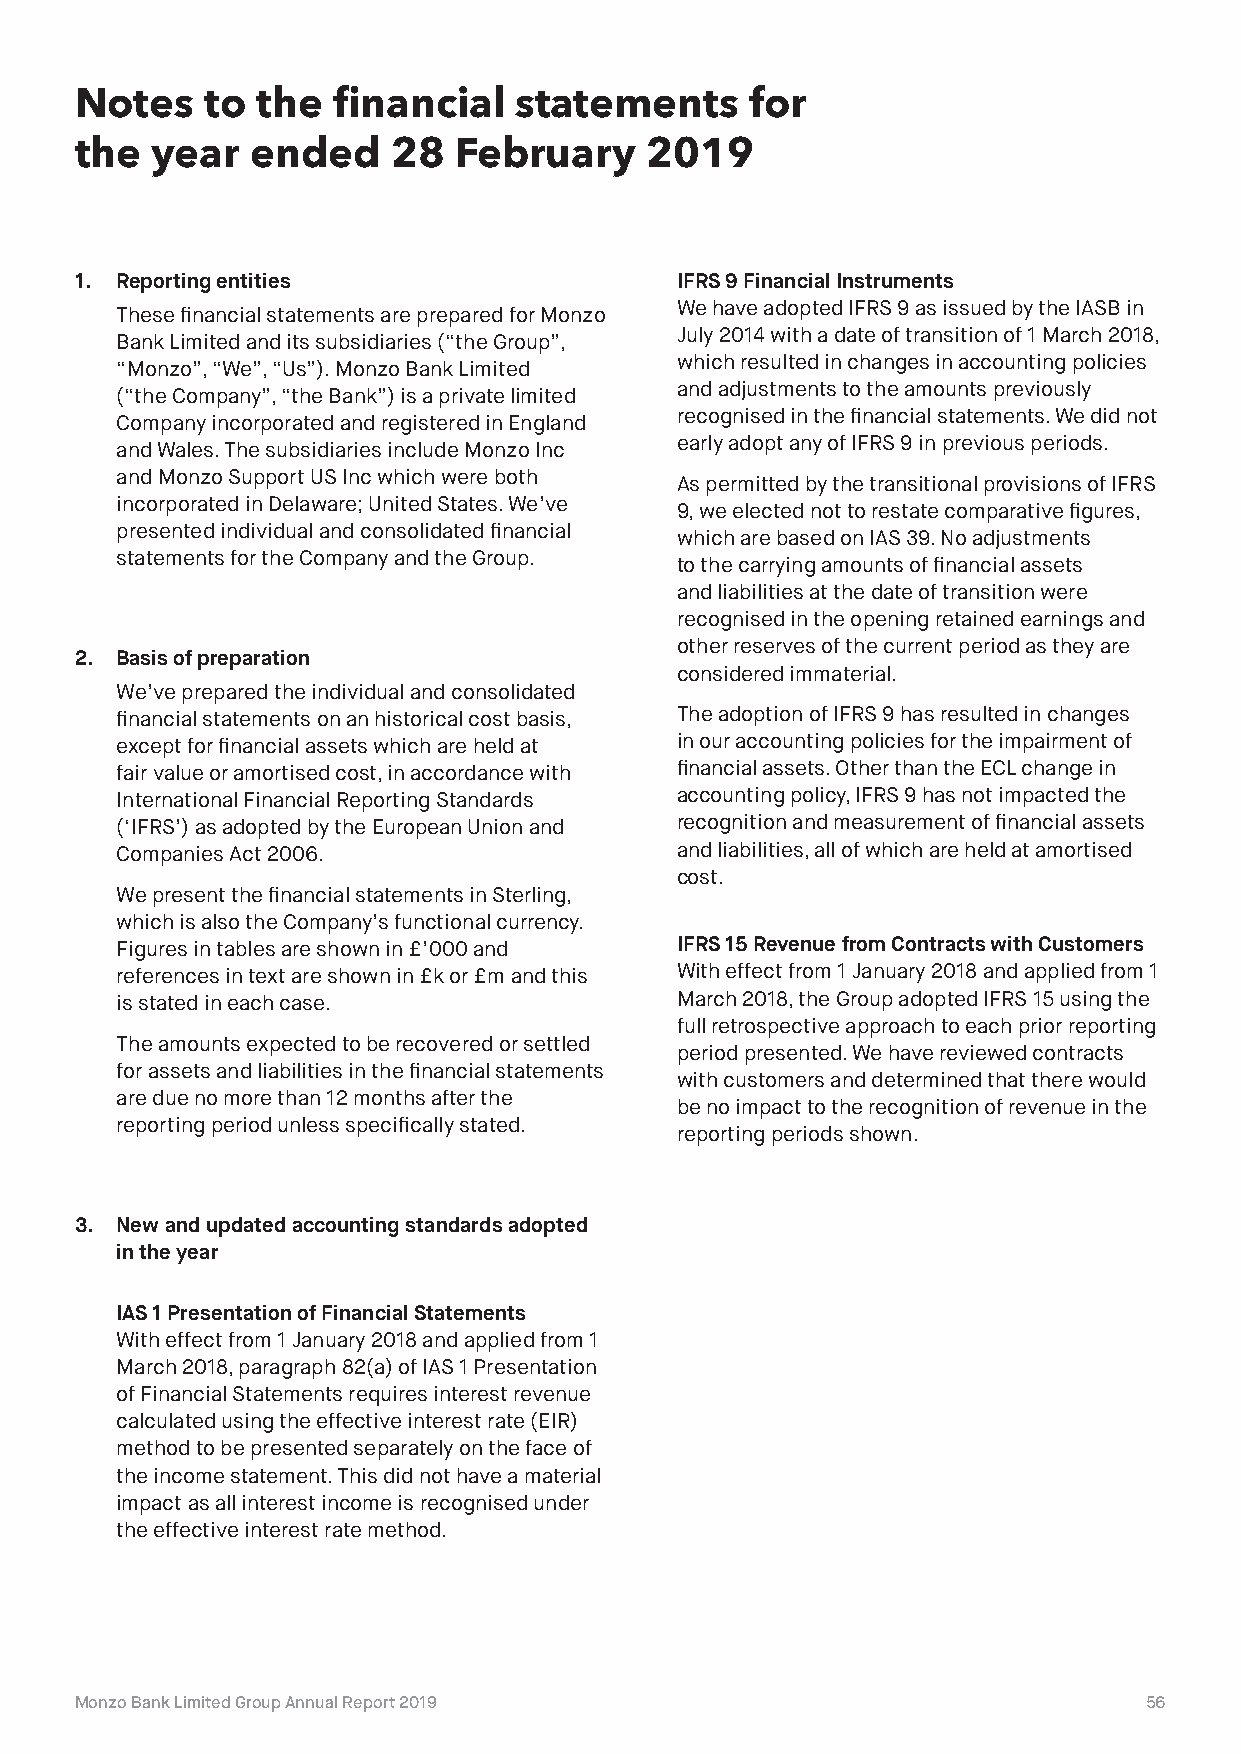
Notes    to the  financial   statements      for
 the  year   ended    28  February     2019
 1. Reporting entities                   IFRS 9 Financial Instruments
 We have adopted IFRS 9 as issued by the IASB in
 These financial statements are prepared for Monzo
 July 2014 with a date of transition of 1 March 2018,
 Bank Limited and its subsidiaries (“the Group”,
 which resulted in changes in accounting policies
 “Monzo”, “We”, “Us”). Monzo Bank Limited
 and adjustments to the amounts previously
 (“the Company”, “the Bank”) is a private limited
 recognised in the financial statements. We did not
 Company incorporated and registered in England
 early adopt any of IFRS 9 in previous periods.
 and Wales. The subsidiaries include Monzo Inc
 and Monzo Support US Inc which were both
 As permitted by the transitional provisions of IFRS
 incorporated in Delaware; United States. We’ve
 9, we elected not to restate comparative figures,
 presented individual and consolidated financial
 which are based on IAS 39. No adjustments
 statements for the Company and the Group.
 to the carrying amounts of financial assets
 and liabilities at the date of transition were
 recognised in the opening retained earnings and
 other reserves of the current period as they are
 2. Basis of preparation
 considered immaterial.
 We’ve prepared the individual and consolidated
 financial statements on an historical cost basis, The adoption of IFRS 9 has resulted in changes
 except for financial assets which are held at in our accounting policies for the impairment of
 fair value or amortised cost, in accordance with financial assets. Other than the ECL change in
 International Financial Reporting Standards accounting policy, IFRS 9 has not impacted the
 (‘IFRS’) as adopted by the European Union and recognition and measurement of financial assets
 Companies Act 2006.                  and liabilities, all of which are held at amortised
 cost.
 We present the financial statements in Sterling,
 which is also the Company’s functional currency.
 Figures in tables are shown in £’000 and IFRS 15 Revenue from Contracts with Customers
 references in text are shown in £k or £m and this With effect from 1 January 2018 and applied from 1
 is stated in each case.              March 2018, the Group adopted IFRS 15 using the
 full retrospective approach to each prior reporting
 The amounts expected to be recovered or settled
 period presented. We have reviewed contracts
 for assets and liabilities in the financial statements
 with customers and determined that there would
 are due no more than 12 months after the
 be no impact to the recognition of revenue in the
 reporting period unless specifically stated.
 reporting periods shown.
 3. New and updated accounting standards adopted
 in the year
 IAS 1 Presentation of Financial Statements
 With effect from 1 January 2018 and applied from 1
 March 2018, paragraph 82(a) of IAS 1 Presentation
 of Financial Statements requires interest revenue
 calculated using the effective interest rate (EIR)
 method to be presented separately on the face of
 the income statement. This did not have a material
 impact as all interest income is recognised under
 the effective interest rate method.
 Monzo Bank Limited Group Annual Report 2019                            56